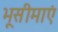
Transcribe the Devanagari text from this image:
भूसीमाएं